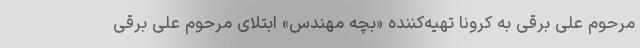
مرحوم علی برقی به کرونا تهیه‌کننده «بچه مهندس» ابتلای مرحوم علی برقی